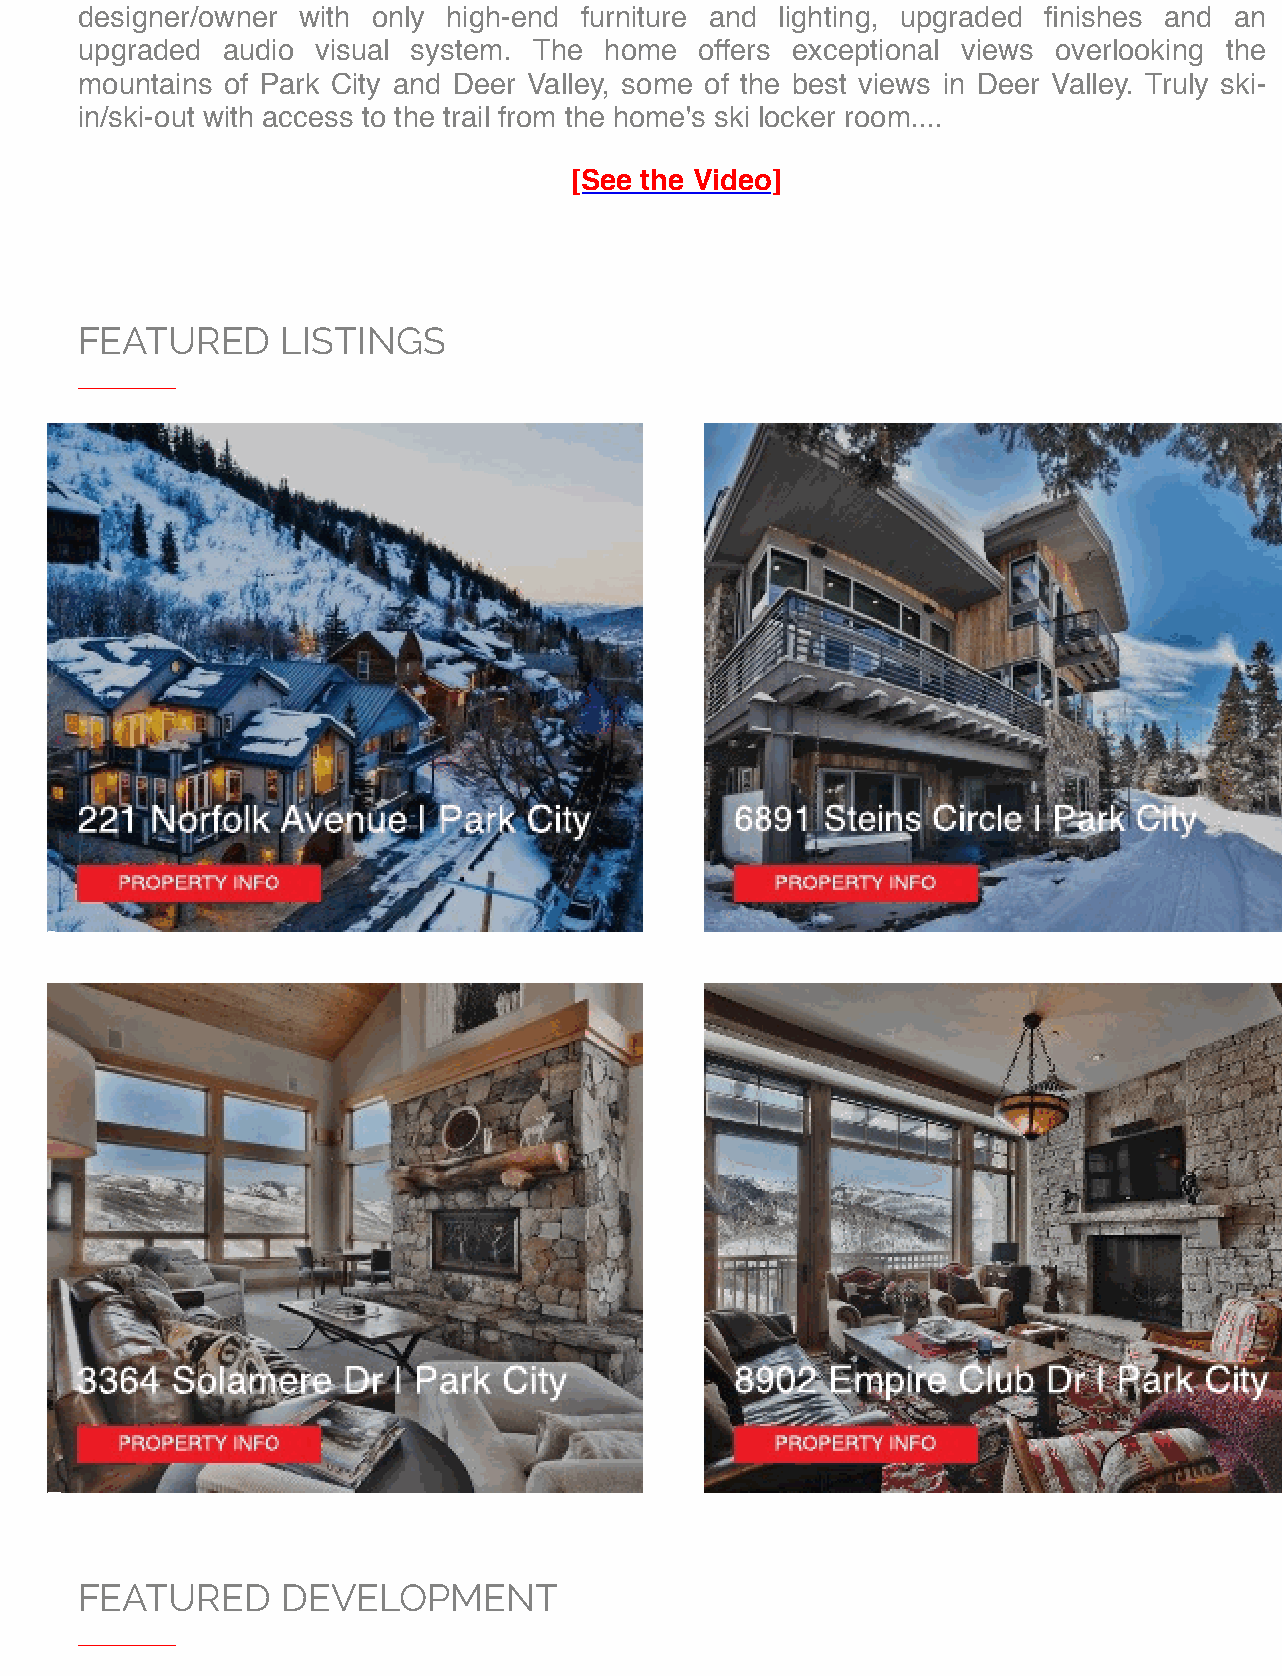
designer/owner with only high-end furniture and lighting, upgraded finishes and an
 upgraded  audio visual system. The home  offers exceptional views overlooking the
 mountains of Park City and Deer Valley, some of the best views in Deer Valley. Truly ski-
 in/ski-out with access to the trail from the home's ski locker room....
 [See the Video]
 FEATURED      LISTINGS
 _______
 FEATURED      DEVELOPMENT
 _______